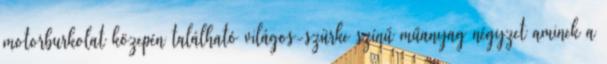
motorburkolat közepén található világos-szürke színű műanyag négyzet aminek a